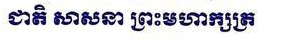
ជាតិ សាសនា ព្រះមហាក្សត្រ